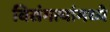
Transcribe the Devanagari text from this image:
विसंगत्यांमध्ये